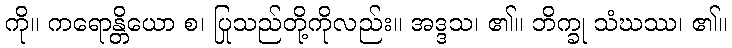
ကို။ ကရောန္တိယော စ၊ ပြုသည်တို့ကိုလည်း။ အဒ္ဒသ၊ ၏။ ဘိက္ခု သံဃဿ၊ ၏။